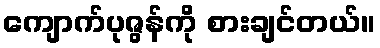
ကျောက်ပုဇွန်ကို စားချင်တယ်။